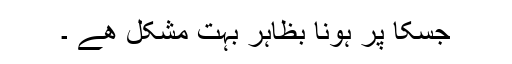
جسکا پر ہونا بظاہر بہت مشکل ھے ۔